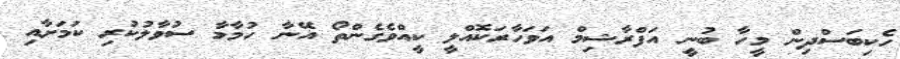
ހެކިބަސްދިން މީހާ ބުނީ އަފްރާޝިމް އަވަހާރަކޮއްލީ ކީއްވެގެންތޯ އޭނާ ހުމާމާ ސުވާލުކުރި ކަމަށާއި